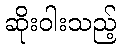
ဆိုးဝါးသည့်